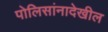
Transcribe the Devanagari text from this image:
पोलिसांनादेखील